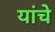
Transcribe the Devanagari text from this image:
यांचेेेे